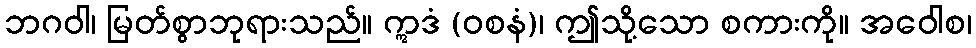
ဘဂဝါ၊ မြတ်စွာဘုရားသည်။ ဣဒံ (ဝစနံ)၊ ဤသို့သော စကားကို။ အဝေါစ၊